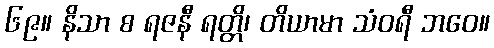
၆၉။ နိသာ စ ရဇနီ ရတ္တိ၊ တိယာမာ သံဝရီ ဘဝေ။